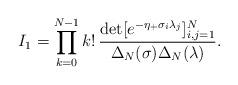
LaTeX: \begin{align*} I_{1} = \prod_{k=0}^{N-1} k!\, \frac{\det[e^{-\eta_{+}\sigma_{i}\lambda_{j}}]_{i,j=1}^N}{\Delta_{N}(\sigma) \Delta_{N}(\lambda)}. \end{align*}